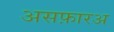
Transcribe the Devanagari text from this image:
असफ़ारअ